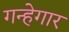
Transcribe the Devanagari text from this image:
गन्हेगार